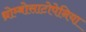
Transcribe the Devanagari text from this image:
थ्रोम्बोसाटोपेनिया